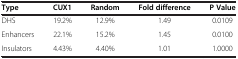
| Type | CUX1 | Random | Fold difference | P Value |
 | --- | --- | --- | --- | --- |
 | DHS | 19.2% | 12.9% | 1.49 | 0.0109 |
 | Enhancers | 22.1% | 15.2% | 1.45 | 0.0100 |
 | Insulators | 4.43% | 4.40% | 1.01 | 1.0000 |